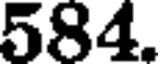
584.